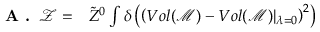
\begin{array} { r l } { \textbf { A . } \, \mathcal { Z } = } & { { } \tilde { Z } ^ { 0 } \int \delta \left( \left( V o l ( \mathcal { M } ) - V o l ( \mathcal { M } ) \vert _ { \lambda = 0 } \right) ^ { 2 } \right) } \end{array}